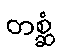
တစ္ဆံ